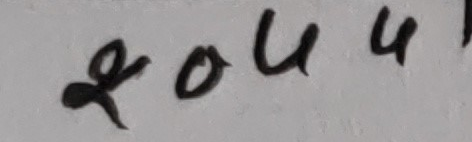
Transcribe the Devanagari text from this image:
१०५५